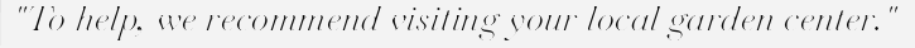
"To help, we recommend visiting your local garden center."